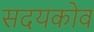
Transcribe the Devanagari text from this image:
सदयकोव